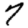
Digit: 7